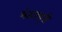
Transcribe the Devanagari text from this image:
भंडारपुरी